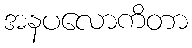
အနပလောကိတာ